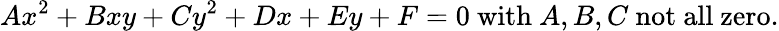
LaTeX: Ax^{2}+Bxy+Cy^{2}+Dx+Ey+F=0{\mathrm{~with~}}A,B,C{\mathrm{~not~all~zero.}}